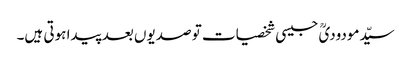
سیّدمودودیؒ جیسی شخصیات تو صدیوں بعد پیدا ہوتی ہیں۔